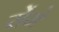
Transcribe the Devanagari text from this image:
रोंगे